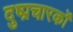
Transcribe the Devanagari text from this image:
दुष्प्रचारकों